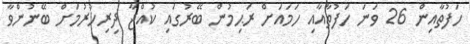
ހަފުތާއިން 26 ވަނަ ހަފުތާއާއި ހަމައަށް ރަޙިމުން ބޭރުގައި ކުއްޖާ ދިރިހުރުމަށް ބޭނުންވާ